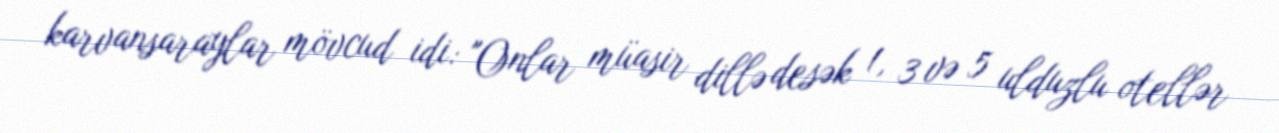
karvansaraylar mövcud idi: "Onlar müasir dillə desək 1, 3 və 5 ulduzlu otellər